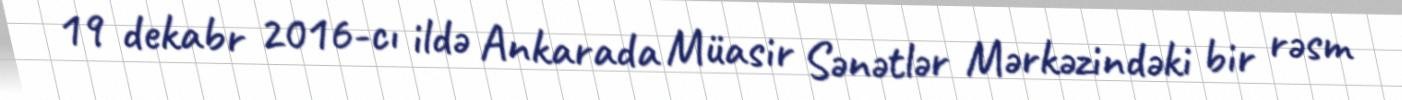
19 dekabr 2016-cı ildə Ankarada Müasir Sənətlər Mərkəzindəki bir rəsm